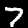
Label: 7